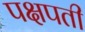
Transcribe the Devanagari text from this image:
पक्षपती